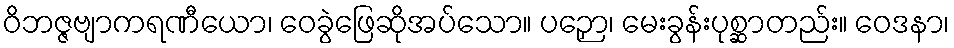
ဝိဘဇ္ဇဗျာကရဏီယော၊ ဝေခွဲဖြေဆိုအပ်သော။ ပဉှော၊ မေးခွန်းပုစ္ဆာတည်း။ ဝေဒနာ၊